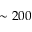
\sim 2 0 0